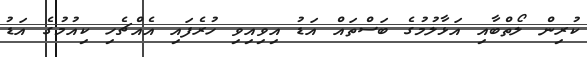
ކުރިން ލޯތްބާއި އަޅާލުމުގެ ބަސްތައް އަޑު އިވިއިވި ހުރެފައި އެއްޗެހި ކިއުމުގެ އަޑު